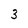
Character: 3